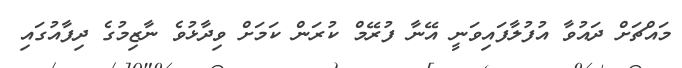
މައްޗަށް ދައުވާ އުފުލާފައިވަނީ އޭނާ ފުރޭމް ކުރަން ކަމަށް ވިދާޅުވެ ނާޒިމުގެ ދިފާއުގައި